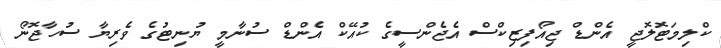
ކްލިމަޓޮލޮޖީ އެންޑް ޖިއޯފިޒިކްސް އެޖެންސީގެ ކުއޭކް އެންޑް ސުނާމީ ޔުނިޓުގެ ވެރިޔާ ސުހާޖޮނޯ